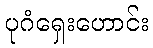
ပုဂံရှေးဟောင်း